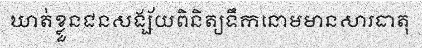
ឃាត់ខ្លួនជនសង្ស័យពិនិត្យទឹកនោមមានសារធាតុ